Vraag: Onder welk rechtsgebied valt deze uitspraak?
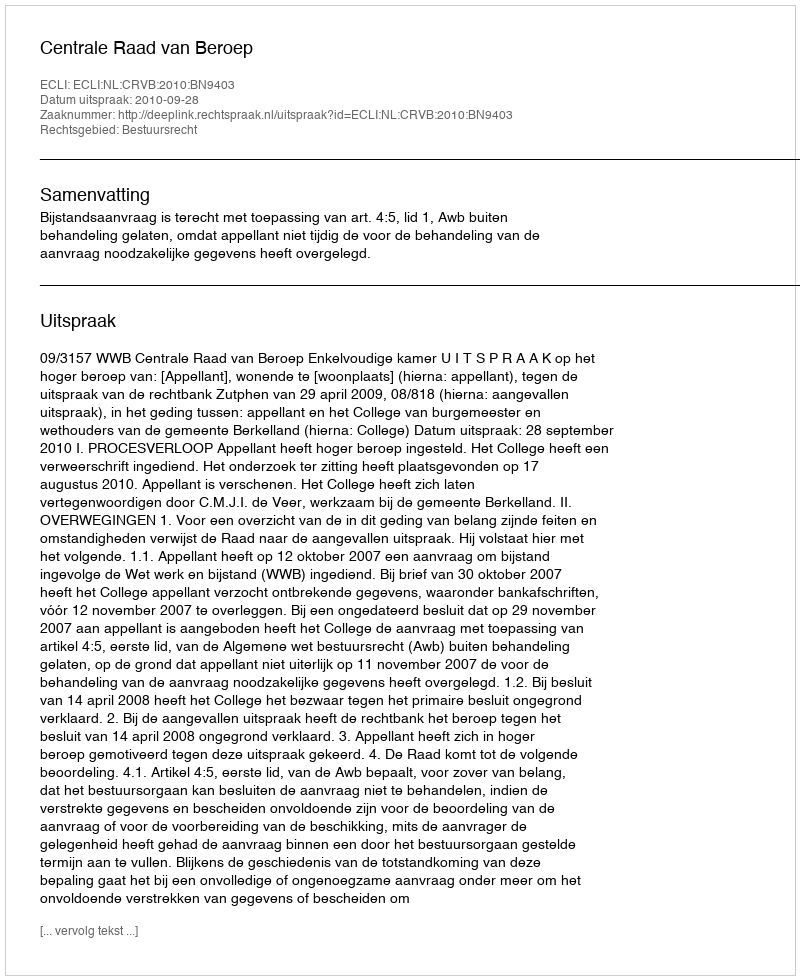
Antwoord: Bestuursrecht